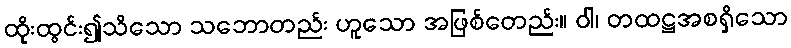
ထိုးထွင်း၍သိသော သဘောတည်း ဟူသော အဖြစ်တေည်း။ ဝါ၊ တထဋ္ဌအစရှိသော